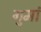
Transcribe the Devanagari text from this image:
गुमां